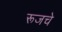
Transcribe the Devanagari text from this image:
रूजचे